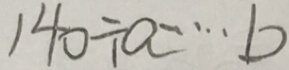
1 4 0 \div a \cdots b